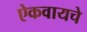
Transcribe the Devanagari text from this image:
ऐकवायचे